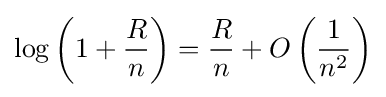
\log \left(1+{\frac {R}{n}}\right)={\frac {R}{n}}+O\left({\frac {1}{n^{2}}}\right)